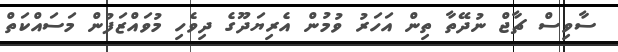
ސާވިސް ޗާޖް ނުދޭތާ ތިން އަހަރު ވުމުން އެރިޔަދޫގެ ދިވެހި މުވައްޒަފުން މަސައްކަތް